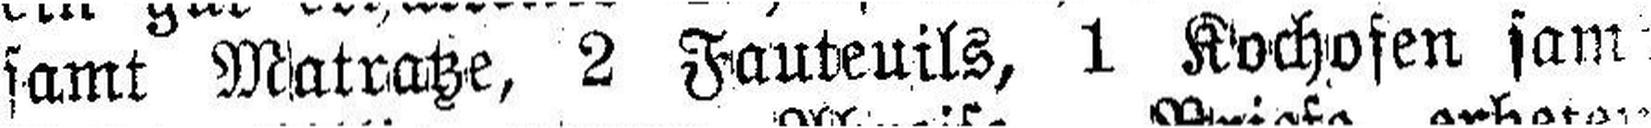
samt Matratze, 2 Fauteuils, 1 Kochofen sam